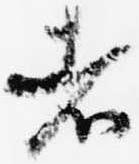
者